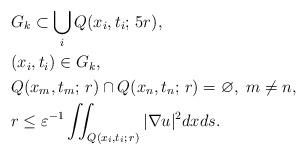
LaTeX: \begin{align*}&G_k\subset \bigcup_i Q(x_{i},t_{i};\, {5r}),\\&(x_{i},t_{i}) \in G_k,\\&Q(x_{m},t_{m};\, {r})\cap Q(x_{n},t_{n};\, {r})=\varnothing, \ m\neq n,\\&r\leq \varepsilon^{-1} \iint _{Q(x_i,t_i;\,{r})}|\nabla u|^2 dxds. \end{align*}